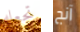
تجعله آنج